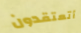
أتعتقدون